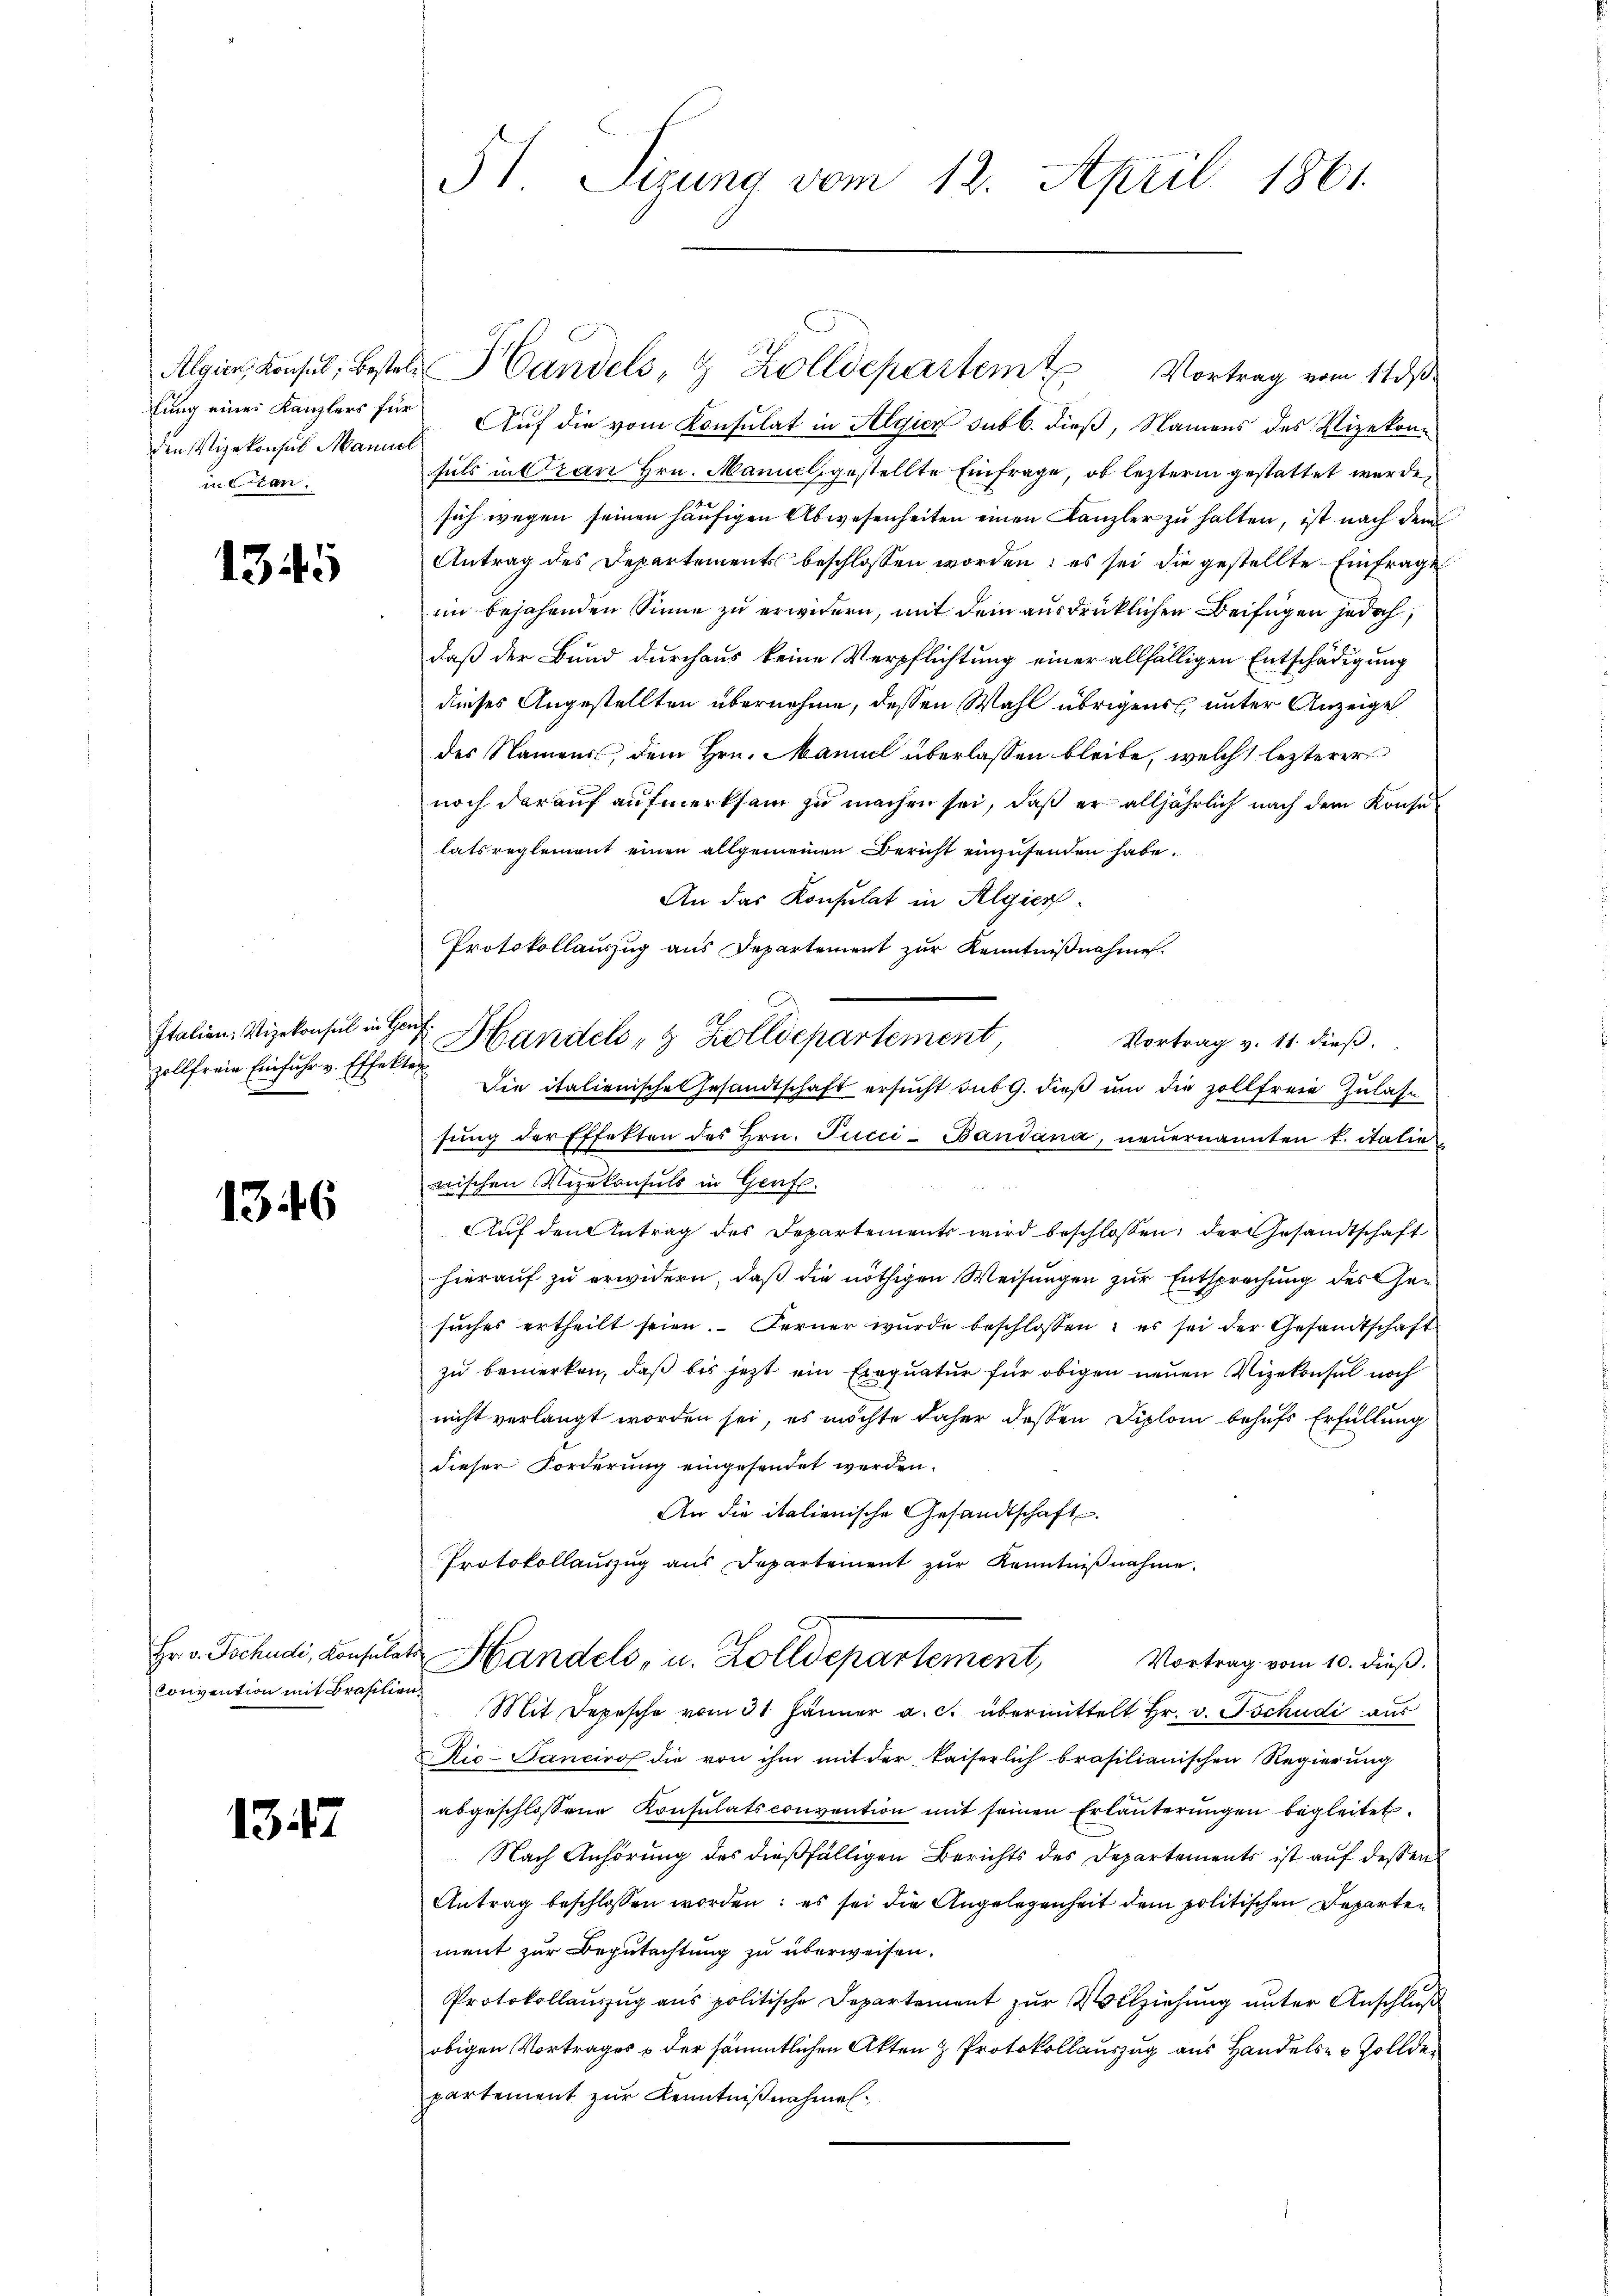
den Vizekonsus Manuel
mneten.

1345

zollfreie Einfuhr v. Effekten

1346

Hr. v. Tschudi, Konsulat
Convention mit Brasilien

1347

51. Sizung vom 12. April 1861.

lung eines Kanzlers für Auf die vom Konsulat in Algier sub b. dieß, Namens des Vizekonfals in Oran Hrn. Manuel, gestellte Einfrage, ob lezterm gestattet wurde,
sich wegen seinen häufigen Abwesenheiten einen Kanzler zu halten, ist nach dem
Antrag des Departements beschlossen worden; es sei die gestellte Einfrage
in bejahenden Sinne zu erwidern, mit dem ausdrücklichen Beifügen jedoch
daß der Bund durchaus keine Verpflichtung einer allfälligen Entschädigung
dieses Angestellten übernehme, dessen Wahl übrigens unter Anzeige
des Namens, dem Hrn. Manuel überlassen bleibe, welche lezterer
noch darauf aufmerksam zu machen sei, daß er alljährlich nach dem Konse
tatsreglement einen allgemeinen Bericht einzusenden habe.
An das Konsulat in Algier
Protokollauszug aus Departement zur Kenntnißnahme.
Italien, Vizekonsul in der Handels- & Zolldepartement
Vortrag v. 11. dieß.
Die italienische Gesandtschaft ersucht sub 9. dieß und die zollfreie Zulassung der Effekten des Hrn. Pucci-Bandana, neuernannten L. italie
wischen Vizekonsuls in Genfl.
Auf den Antrag des Departements wird beschlossen; der Gesandtschaft
hierauf zu erwidern, daß die nöthigen Weisungen zur Entsprechung des Gesŭches ertheilt seien. Ferner wurde beschlossen: es sei der Gesandtschaft
zu bemerken, daß bis jetzt ein Exequatur für obigen neuen Vizekonsul noch
nicht verlangt worden sei, es möchte daher dessen Diplom behufs Erfüllung
dieser Forderung eingesendet werden.
An die italienische Gesandtschaft.
Protokollaŭszŭg ans Departement zŭr Kenntniβnahme.
Handels, u. Zolldepartement,
Vortrag vom 10. dieß.
Mit Depesche vom 31. Jänner a. c. übermittelt Hr. v. Tschudi aus
Ric-Panciro die von ihm mit der kaiserlich brasilianischen Regierung
abgeschlossene Konsulatsconvention mit seinen Erläuterungen begleitet.
Nach Anhörung des dießfälligen Berichts des Departements ist auf dessen
Antrag beschlossen worden; es sei die Angelegenheit dem politischen Departen
ment zur Begutachtung zu überweisen.
Protokollauszug aus politische Departement zur Vollziehung unter Anschluß
obigen Vortrages & der sämmtlichen Akten & Protokollauszug aus Handelser Zollder
partement zur Kenntnißnahmen.

Algien, Konsul, Bestel Candels- & Zolldepartem Vortrag vom 11 ds.